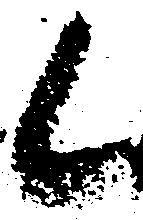
候